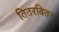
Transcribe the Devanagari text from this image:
तितरबितर